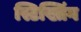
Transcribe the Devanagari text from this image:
स्टिख्तिंग